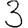
Digit: 3